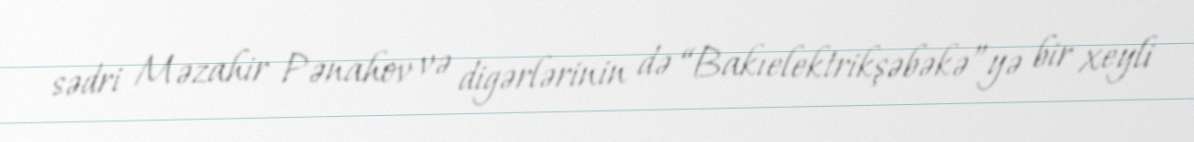
sədri Məzahir Pənahov və digərlərinin də “Bakıelektrikşəbəkə”yə bir xeyli